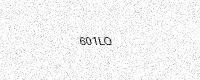
Text: 601LQ